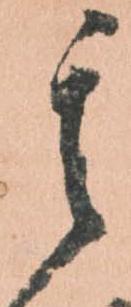
其